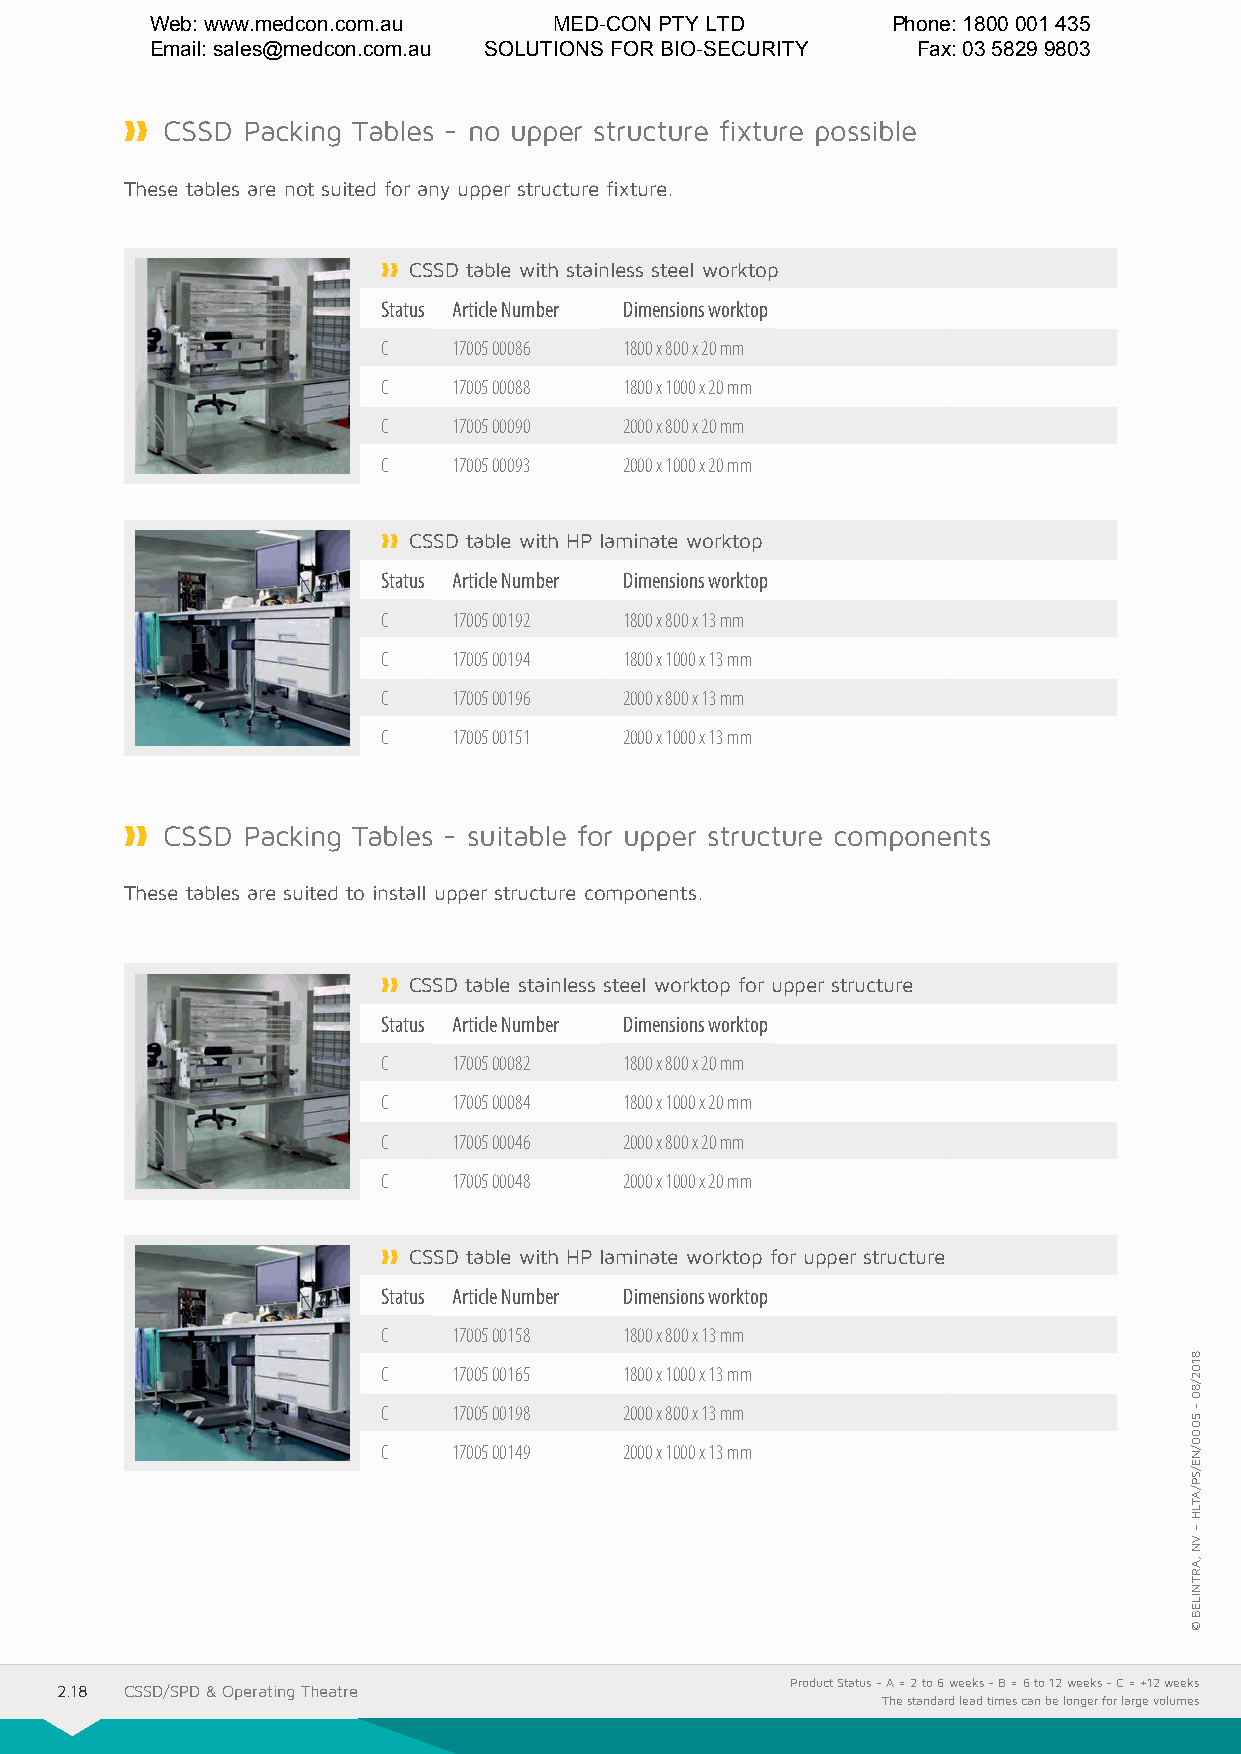
Web: www.medcon.com.au     MED-CON PTY LTD       Phone: 1800 001 435
 Email: sales@medcon.com.au SOLUTIONS FOR BIO-SECURITY Fax: 03 5829 9803
 ❱❱❱❱ CSSD Packing Tables - no upper structure fixture possible
 These tables are not suited for any upper structure fixture.
 ❱❱❱❱ CSSD table with stainless steel worktop
 Status Article Number Dimensions worktop
 C    17005 00086 1800 x 800 x 20 mm
 C    17005 00088 1800 x 1000 x 20 mm
 C    17005 00090 2000 x 800 x 20 mm
 C    17005 00093 2000 x 1000 x 20 mm
 ❱❱❱❱ CSSD table with HP laminate worktop
 Status Article Number Dimensions worktop
 C    17005 00192 1800 x 800 x 13 mm
 C    17005 00194 1800 x 1000 x 13 mm
 C    17005 00196 2000 x 800 x 13 mm
 C    17005 00151 2000 x 1000 x 13 mm
 ❱❱❱❱ CSSD Packing Tables - suitable for upper structure components
 These tables are suited to install upper structure components.
 ❱❱❱❱ CSSD table stainless steel worktop for upper structure
 Status Article Number Dimensions worktop
 C    17005 00082 1800 x 800 x 20 mm
 C    17005 00084 1800 x 1000 x 20 mm
 C    17005 00046 2000 x 800 x 20 mm
 C    17005 00048 2000 x 1000 x 20 mm
 ❱❱❱❱ CSSD table with HP laminate worktop for upper structure
 Status Article Number Dimensions worktop
 C    17005 00158 1800 x 800 x 13 mm
 C    17005 00165 1800 x 1000 x 13 mm
 C    17005 00198 2000 x 800 x 13 mm
 C    17005 00149 2000 x 1000 x 13 mm
 Product Status - A = 2 to 6 weeks - B = 6 to 12 weeks - C = +12 weeks
 2.18 CSSD/SPD & Operating Theatre
 The standard lead times can be longer for large volumes
 8102/80
 -
 5000/NE/SP/ATLH
 –
 VN
 ,ARTNILEB
 ©